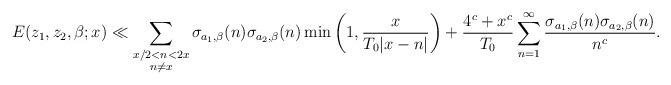
LaTeX: \begin{align*}E(z_1,z_2,\beta;x)\ll \sum_{\substack{x/2 < n < 2x \\ n \ne x}} \sigma _{a_1,\beta}(n)\sigma _{a_2,\beta}(n)\min \bigg( 1, \frac{x}{T_0|x-n|} \bigg) + \frac{4^{c}+x^{c}}{T_0} \sum_{n=1}^{\infty} \frac{\sigma _{a_1,\beta}(n)\sigma _{a_2,\beta}(n)}{n^{c}}. \end{align*}